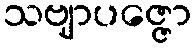
သဗျာပဇ္ဇော